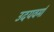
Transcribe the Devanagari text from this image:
उदयवर्मा